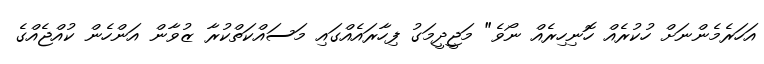
އަހަރެމެންނަށް ހުކުރެއް ހޮނިހިރެއް ނޯވެ" މަޖީދީމަގު ފިހާރައެއްގައި މަސައްކަތްކުރާ ޒުވާން އަންހެން ކުއްޖެއްގެ